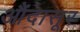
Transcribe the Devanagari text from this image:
औंदासूर